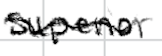
Text: superior
Cross-out: mix
Writing tool: digital_black